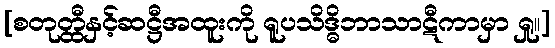
[စတုတ္ထီနှင့်ဆဋ္ဌီအထူးကို ရူပသိဒ္ဓိဘာသာဋီကာမှာ ရှု။]